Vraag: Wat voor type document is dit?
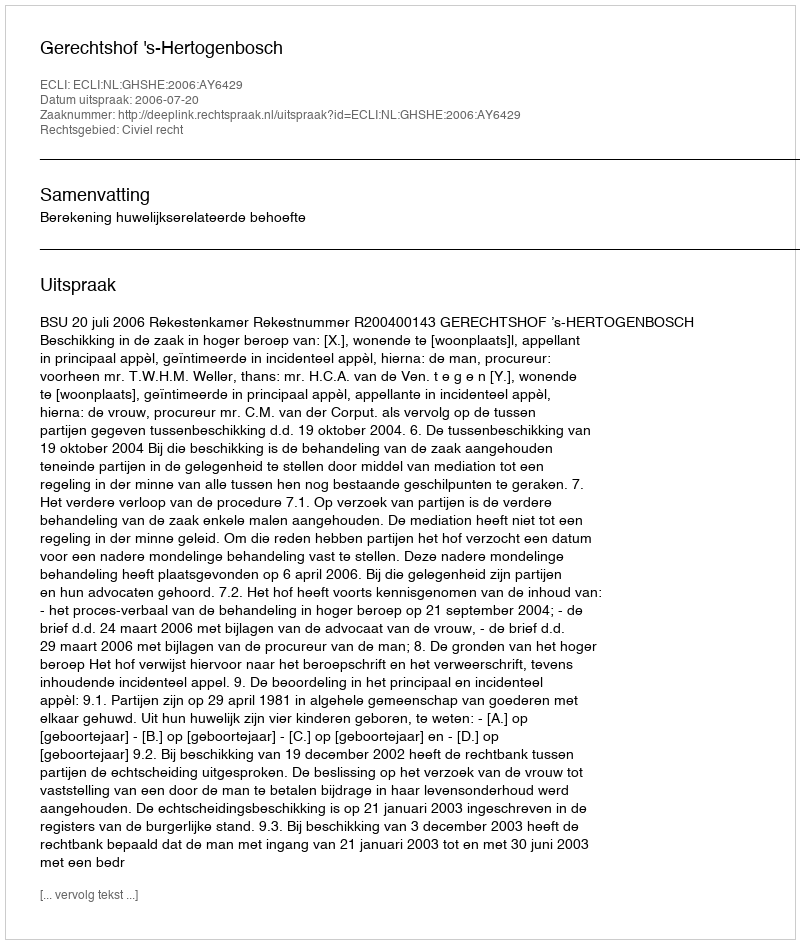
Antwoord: Uitspraak